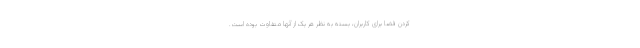
کردن فضا برای کاربران، بسته به نظر هر یک از آنها متفاوت بوده است.